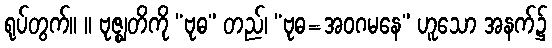
ရုပ်တွက်။ ။ ဗုဇ္ဈတိကို “ဗုဓ” တည်၊ “ဗုဓ=အဝဂမနေ” ဟူသော အနက်၌